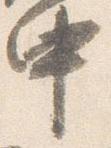
中